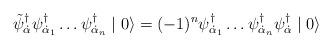
LaTeX: \begin{align*}\tilde{\psi}^{\dagger}_{\dot{\alpha}} \psi^{\dagger}_{\dot{\alpha}_{1}} \ldots \psi^{\dagger}_{\dot{\alpha}_{n}} \mid 0 \rangle = (-1)^{n} \psi^{\dagger}_{\dot{\alpha}_{1}} \ldots \psi^{\dagger}_{\dot{\alpha}_{n}}\psi^{\dagger}_{\dot{\alpha}} \mid 0 \rangle \vspace{-3pt}\end{align*}